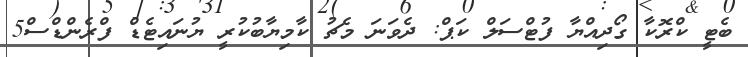
ބެޓީ ކްރޮކާ ގޯދިއްޔާ ފުޓްސަލް ކަޕް: ދެވަނަ މެޗު ކާމިޔާބުކުރީ ޔުނައިޓެޑް ފްރެންޑްސް5